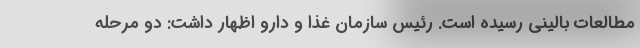
مطالعات بالینی رسیده است. رئیس سازمان غذا و دارو اظهار داشت: دو مرحله